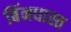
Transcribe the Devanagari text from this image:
बिंनधास्त